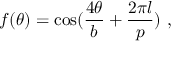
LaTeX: f ( \theta ) = \mathrm { c o s } ( \frac { 4 \theta } { b } + \frac { 2 \pi l } { p } ) \, \, ,